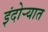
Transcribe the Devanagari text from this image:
इंदोऱ्यात